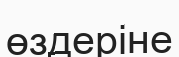
өздеріне